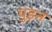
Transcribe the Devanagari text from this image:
पुइन